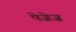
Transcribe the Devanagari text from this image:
पेजेज़